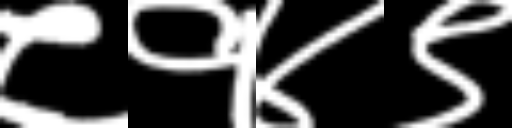
Text: ८१४९